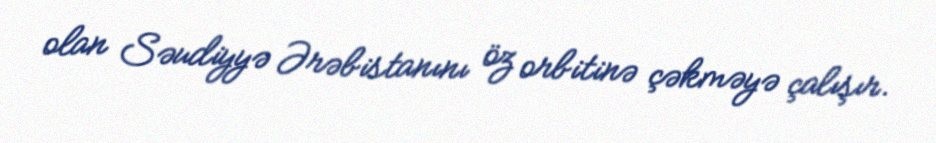
olan Səudiyyə Ərəbistanını öz orbitinə çəkməyə çalışır.